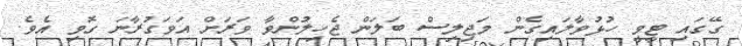
ގޭގައި ޓީވީ ހުޅުވާލައިގެން މަޖިލިސް ބަލަން ޖެހިލުންވާ ވަރަށް އަވަގުރާނަ ގޮވި އެވެ.